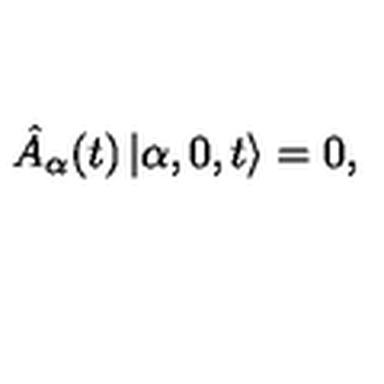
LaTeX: \hat { A } _ { \alpha } ( t ) \left| \alpha , 0 , t \right> = 0 ,